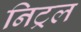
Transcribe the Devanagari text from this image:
निट्रल